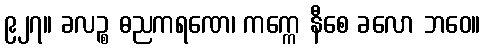
၉၂၇။ ခလဉ္စ ဓညကရဏေ၊ ကက္ကေ နီစေ ခလော ဘဝေ။